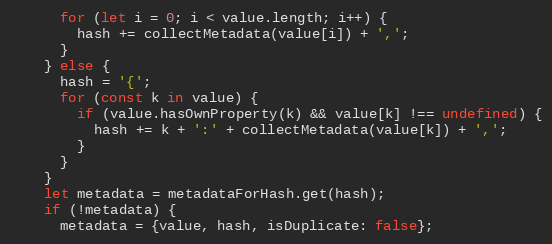
Language: JavaScript
      for (let i = 0; i < value.length; i++) {
        hash += collectMetadata(value[i]) + ',';
      }
    } else {
      hash = '{';
      for (const k in value) {
        if (value.hasOwnProperty(k) && value[k] !== undefined) {
          hash += k + ':' + collectMetadata(value[k]) + ',';
        }
      }
    }
    let metadata = metadataForHash.get(hash);
    if (!metadata) {
      metadata = {value, hash, isDuplicate: false};